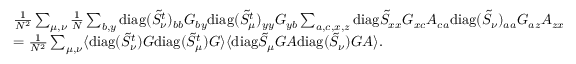
\begin{array} { r l } & { \frac { 1 } { N ^ { 2 } } \sum _ { \mu , \nu } \frac { 1 } { N } \sum _ { b , y } \mathrm { d i a g } ( \tilde { S } _ { \nu } ^ { t } ) _ { b b } G _ { b y } \mathrm { d i a g } ( \tilde { S } _ { \mu } ^ { t } ) _ { y y } G _ { y b } \sum _ { a , c , x , z } \mathrm { d i a g } \tilde { S } _ { x x } G _ { x c } A _ { c a } \mathrm { d i a g } ( \tilde { S } _ { \nu } ) _ { a a } G _ { a z } A _ { z x } } \\ & { = \frac { 1 } { N ^ { 2 } } \sum _ { \mu , \nu } \langle \mathrm { d i a g } ( \tilde { S } _ { \nu } ^ { t } ) G \mathrm { d i a g } ( \tilde { S } _ { \mu } ^ { t } ) G \rangle \langle \mathrm { d i a g } \tilde { S } _ { \mu } G A \mathrm { d i a g } ( \tilde { S } _ { \nu } ) G A \rangle . } \end{array}